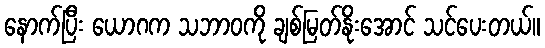
နောက်ပြီး ယောဂက သဘာဝကို ချစ်မြတ်နိုးအောင် သင်ပေးတယ်။